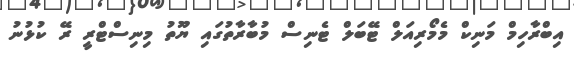
އިބްރާހިމް މަނިކް މެމޯރިއަލް ޓޭބަލް ޓެނިސް މުބާރާތުގައި ޔޫތު މިނިސްޓްރީ ރޭ ކުޅުނު